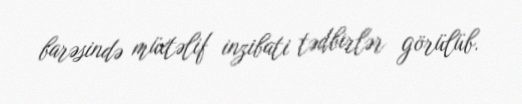
barəsində müxtəlif inzibati tədbirlər görülüb.